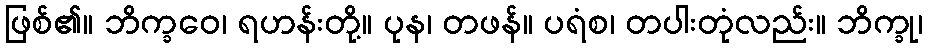
ဖြစ်၏။ ဘိက္ခဝေ၊ ရဟန်းတို့။ ပုန၊ တဖန်။ ပရံစ၊ တပါးတုံလည်း။ ဘိက္ခု၊